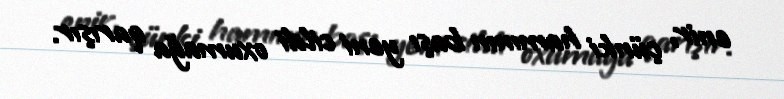
enir, çünki hamının başı yeni cildi oxumağa qarışır.